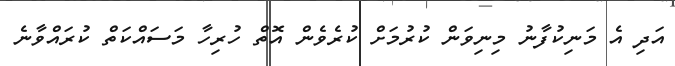
އަދި އެ މަނިކުފާނު މިނިވަން ކުރުމަށް ކުރެވެން އޮތް ހުރިހާ މަސައްކަތް ކުރައްވާނެ